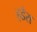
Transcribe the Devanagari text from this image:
हडेरा